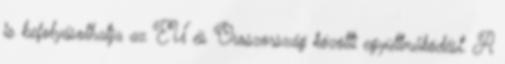
is befolyásolhatja az EU és Oroszország közötti együttműködést. A